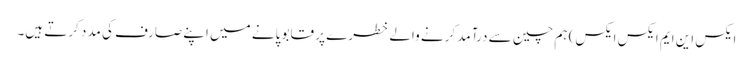
ایکس این ایم ایکس ایکس) ہم چین سے درآمد کرنے والے خطرے پر قابو پانے میں اپنے صارف کی مدد کرتے ہیں۔